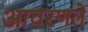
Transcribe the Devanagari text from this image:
आवरणले